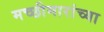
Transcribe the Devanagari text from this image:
मच्छीमारांच्या